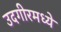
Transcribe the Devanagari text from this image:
उदगीरमध्ये